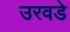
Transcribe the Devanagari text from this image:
उरवडे